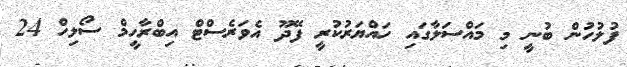
ފުލުހުން ބުނީ މި މައްސަލާގައި ހައްޔަރުކުރީ ފޭދޫ އެވަރެސްޓް އިބްރާހީމް ސޯލިހް 24